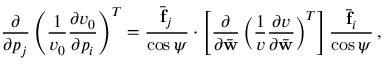
\frac { \partial } { \partial p _ { j } } \left( \frac { 1 } { v _ { 0 } } \frac { \partial v _ { 0 } } { \partial p _ { i } } \right) ^ { T } = \frac { \bar { \bf f } _ { j } } { \cos \psi } \cdot \left[ \frac { \partial } { \partial \bar { \bf w } } \left( \frac { 1 } { v } \frac { \partial v } { \partial \bar { \bf w } } \right) ^ { T } \right] \frac { \bar { \bf f } _ { i } } { \cos \psi } \, ,